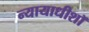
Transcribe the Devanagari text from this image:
न्यायाधीशॉ